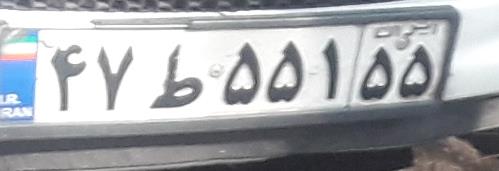
۴۷ط۵۵۱۵۵